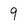
Character: 9